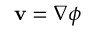
\mathbf { v } = \nabla \phi